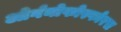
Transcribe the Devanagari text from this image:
ओर्गनोफोस्फोरस